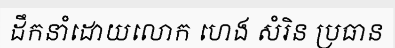
ដឹកនាំដោយលោក ហេង សំរិន ប្រធាន